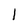
Character: l